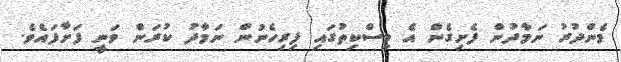
މެންދުރު ނަމާދުން ފެށިގެން އެ މިސްކިތުގައި ފިރިހެނުން ނަމާދު ކުރަން ވަނީ ފަށާފައެވެ.